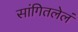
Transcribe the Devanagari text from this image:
सांगितलेलं